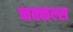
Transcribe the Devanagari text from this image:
नक्कल्स